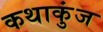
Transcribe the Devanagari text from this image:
कथाकुंज